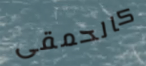
كالحمقى